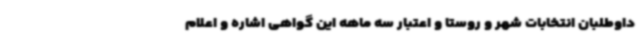
داوطلبان انتخابات شهر و روستا و اعتبار سه ماهه این گواهی اشاره و اعلام